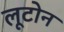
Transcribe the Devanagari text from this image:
लूटोन